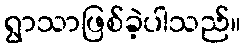
ရွာသာဖြစ်ခဲ့ပါသည်။